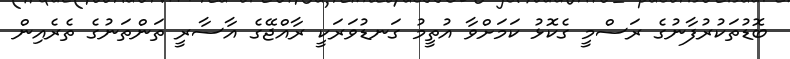
ބޮޑުތަކުރުފާނުގެ ރަސްމީ ގެކޮޅު ކަމަށްވާ އުތީމު ގަނޑުވަރަކީ ރާއްޖޭގެ އާސާރީ ތަންތަނުގެ ތެރެއިން